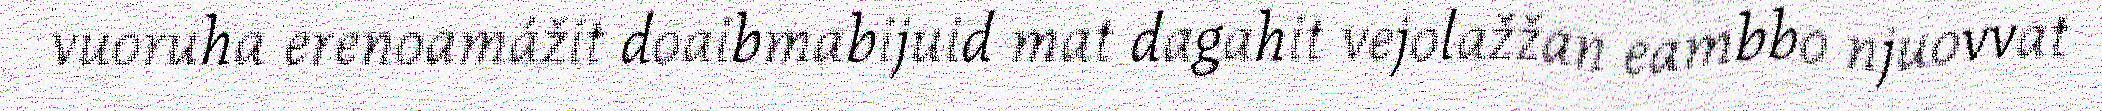
vuoruha erenoamážit doaibmabijuid mat dagahit vejolažžan eambbo njuovvat